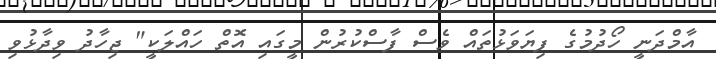
އާމްދަނީ ހޯދުމުގެ ފިޔަވަޅުތައް ވެސް ފާސްކުރުން މީގައި އޮތް ހައްލަކީ" ޖިހާދު ވިދާޅުވި